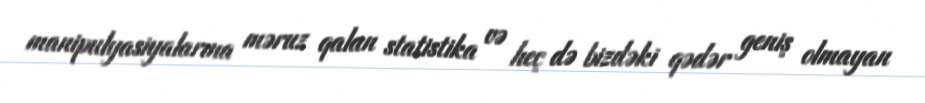
manipulyasiyalarına məruz qalan statistika və heç də bizdəki qədər geniş olmayan